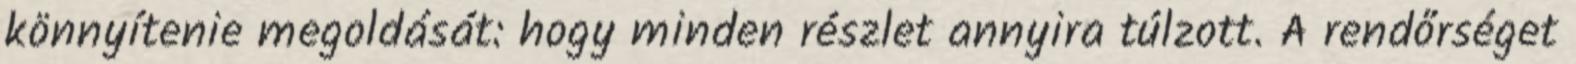
könnyítenie megoldását: hogy minden részlet annyira túlzott. A rendőrséget